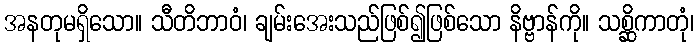
အနတုမရှိသော။ သီတိဘာဝံ၊ ချမ်းအေးသည်ဖြစ်၍ဖြစ်သော နိဗ္ဗာန်ကို။ သစ္ဆိကာတုံ၊